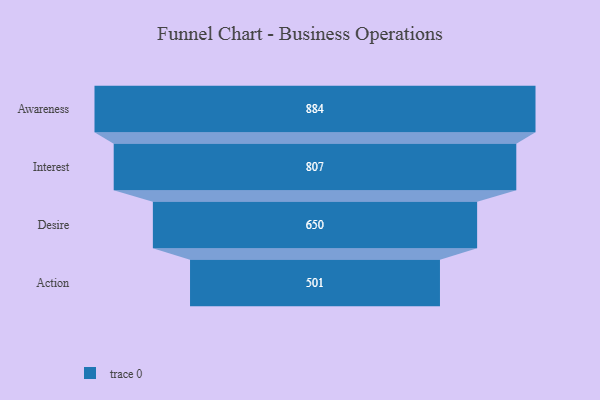
{"axis": {"x": "Stage", "y": "Value"}, "legend": [""], "data": [{"x": "Awareness", "y": 884.0, "type": ""}, {"x": "Interest", "y": 807.0, "type": ""}, {"x": "Desire", "y": 650.0, "type": ""}, {"x": "Action", "y": 501.0, "type": ""}]}